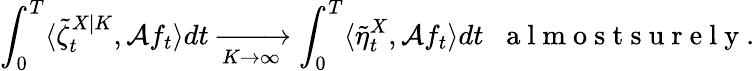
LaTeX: \int_{0}^{T}\langle\tilde{\zeta}_{t}^{X|K},\mathcal{A}f_{t}\rangle dt\xrightarrow[K\to\infty]{}\int_{0}^{T}\langle\tilde{\eta}_{t}^{X},\mathcal{A}f_{t}\rangle dt\; \; \mathrm{~a~l~m~o~s~t~s~u~r~e~l~y~}.